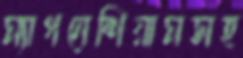
ম্যাগনেশিয়ামসহ